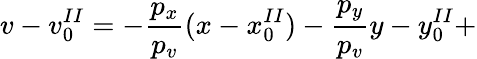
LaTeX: v-v_{0}^{II}=-\frac{p_{x}}{p_{v}}(x-x_{0}^{II})-\frac{p_{y}}{p_{v}}y-y_{0}^{II}+